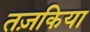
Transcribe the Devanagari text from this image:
तज़किया